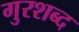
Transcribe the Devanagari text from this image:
गुरशब्द